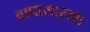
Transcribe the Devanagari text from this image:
वाघासारखा